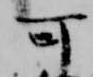
可